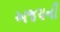
અજયની